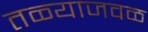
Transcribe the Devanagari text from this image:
तळ्याजवळ